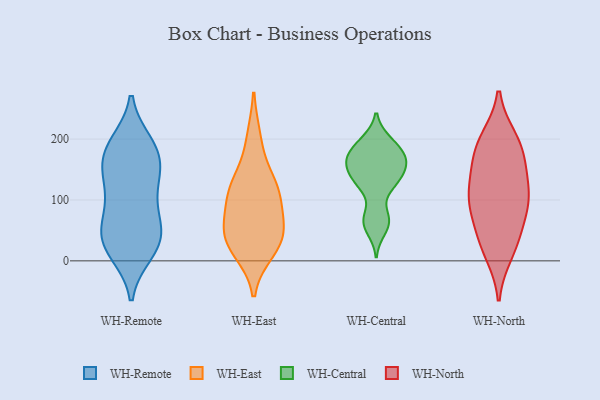
{"axis": {"x": "Budget (USD K)", "y": "Value"}, "legend": ["WH-Central", "WH-East", "WH-North", "WH-Remote"], "data": [{"x": "", "y": 127, "type": "WH-Remote"}, {"x": "", "y": 178, "type": "WH-Remote"}, {"x": "", "y": 14, "type": "WH-Remote"}, {"x": "", "y": 93, "type": "WH-Remote"}, {"x": "", "y": 184, "type": "WH-Remote"}, {"x": "", "y": 189, "type": "WH-Remote"}, {"x": "", "y": 43, "type": "WH-Remote"}, {"x": "", "y": 64, "type": "WH-Remote"}, {"x": "", "y": 155, "type": "WH-Remote"}, {"x": "", "y": 145, "type": "WH-Remote"}, {"x": "", "y": 89, "type": "WH-Remote"}, {"x": "", "y": 41, "type": "WH-Remote"}, {"x": "", "y": 32, "type": "WH-Remote"}, {"x": "", "y": 142, "type": "WH-Remote"}, {"x": "", "y": 192, "type": "WH-Remote"}, {"x": "", "y": 37, "type": "WH-Remote"}, {"x": "", "y": 15, "type": "WH-Remote"}, {"x": "", "y": 100, "type": "WH-East"}, {"x": "", "y": 200, "type": "WH-East"}, {"x": "", "y": 120, "type": "WH-East"}, {"x": "", "y": 108, "type": "WH-East"}, {"x": "", "y": 132, "type": "WH-East"}, {"x": "", "y": 59, "type": "WH-East"}, {"x": "", "y": 34, "type": "WH-East"}, {"x": "", "y": 39, "type": "WH-East"}, {"x": "", "y": 41, "type": "WH-East"}, {"x": "", "y": 18, "type": "WH-East"}, {"x": "", "y": 156, "type": "WH-Central"}, {"x": "", "y": 132, "type": "WH-Central"}, {"x": "", "y": 169, "type": "WH-Central"}, {"x": "", "y": 122, "type": "WH-Central"}, {"x": "", "y": 172, "type": "WH-Central"}, {"x": "", "y": 166, "type": "WH-Central"}, {"x": "", "y": 175, "type": "WH-Central"}, {"x": "", "y": 184, "type": "WH-Central"}, {"x": "", "y": 70, "type": "WH-Central"}, {"x": "", "y": 151, "type": "WH-Central"}, {"x": "", "y": 198, "type": "WH-Central"}, {"x": "", "y": 63, "type": "WH-Central"}, {"x": "", "y": 198, "type": "WH-Central"}, {"x": "", "y": 72, "type": "WH-Central"}, {"x": "", "y": 131, "type": "WH-Central"}, {"x": "", "y": 128, "type": "WH-Central"}, {"x": "", "y": 153, "type": "WH-Central"}, {"x": "", "y": 50, "type": "WH-Central"}, {"x": "", "y": 114, "type": "WH-North"}, {"x": "", "y": 39, "type": "WH-North"}, {"x": "", "y": 103, "type": "WH-North"}, {"x": "", "y": 164, "type": "WH-North"}, {"x": "", "y": 102, "type": "WH-North"}, {"x": "", "y": 183, "type": "WH-North"}, {"x": "", "y": 14, "type": "WH-North"}, {"x": "", "y": 146, "type": "WH-North"}, {"x": "", "y": 76, "type": "WH-North"}, {"x": "", "y": 199, "type": "WH-North"}, {"x": "", "y": 98, "type": "WH-North"}, {"x": "", "y": 30, "type": "WH-North"}, {"x": "", "y": 194, "type": "WH-North"}]}